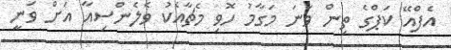
އެފްއޭ ކަޕްގެ ތިން ވަނަ މަގާމު ހޮވި މެޗާއެކު ވެލެންސިއާ އަށް ވަނީ